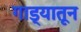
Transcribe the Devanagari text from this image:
गाड्यातून